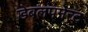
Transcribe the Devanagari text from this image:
डेबलपमेन्ट